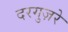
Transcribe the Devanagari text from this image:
दरगुज़रे